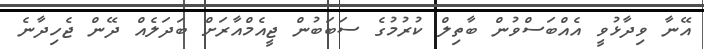
އޭނާ ވިދާޅުވީ އެއްބަސްވުން ބާތިލް ކުރުމުގެ ސަބަބުން ޖީއެމްއާރަށް ބަދަލެއް ދޭން ޖެހިދާނެ